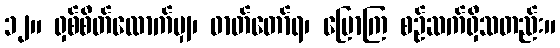
၁၂။ ရှစ်စိတ်လောက်မျှ၊ ဓာတ်တော်ရ၊ ပြောကြ စဉ်ဆက်ရှိသတည်း။